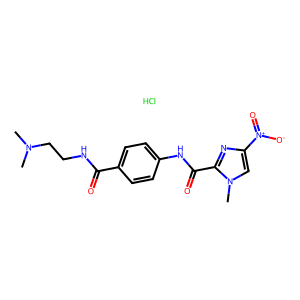
SMILES: CN(C)CCNC(=O)c1ccc(NC(=O)c2nc([N+](=O)[O-])cn2C)cc1.Cl
Inhibits HIV replication: No